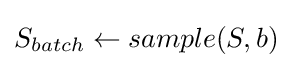
S_{batch}\leftarrow sample(S,b)